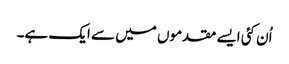
اُن کئی ایسے مقدموں میں سے ایک ہے۔